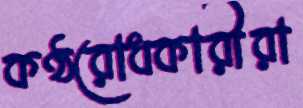
কণ্ঠরোধকারীরা